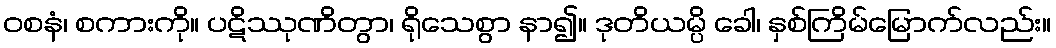
ဝစနံ၊ စကားကို။ ပဋိဿုဏိတွာ၊ ရိုသေစွာ နာ၍။ ဒုတိယမ္ပိ ခေါ၊ နှစ်ကြိမ်မြောက်လည်း။